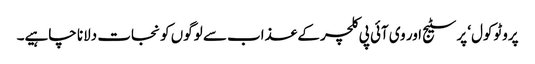
پروٹوکول‘ پرسٹیج اور وی آئی پی کلچر کے عذاب سے لوگوں کو نجات دلانا چاہیے۔